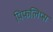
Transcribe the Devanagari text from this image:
पिफलिप्स